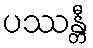
ပဿန္တီ